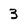
Character: 3